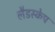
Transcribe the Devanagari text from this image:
लैडस्केप